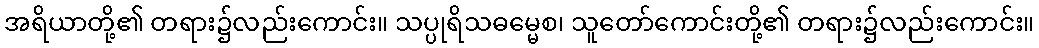
အရိယာတို့၏ တရား၌လည်းကောင်း။ သပ္ပုရိသဓမ္မေစ၊ သူတော်ကောင်းတို့၏ တရား၌လည်းကောင်း။